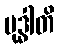
မုဒ္ဓါတိ